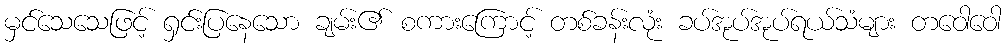
မှင်သေသေဖြင့် ရှင်းပြနေသော ချမ်း၏ စကားကြောင့် တစ်ခန်းလုံး ခပ်အုပ်အုပ်ရယ်သံများ တဝေါဝေါ